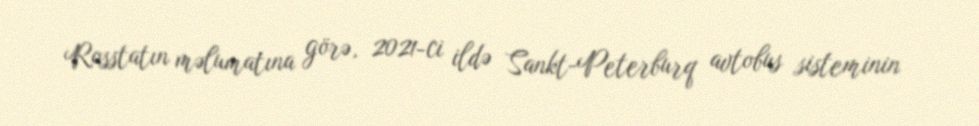
Rosstatın məlumatına görə, 2021-ci ildə Sankt-Peterburq avtobus sisteminin